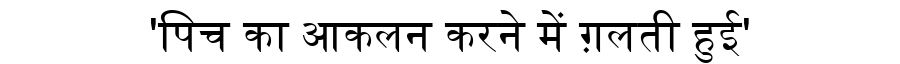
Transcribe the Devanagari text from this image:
'पिच का आकलन करने में ग़लती हुई'